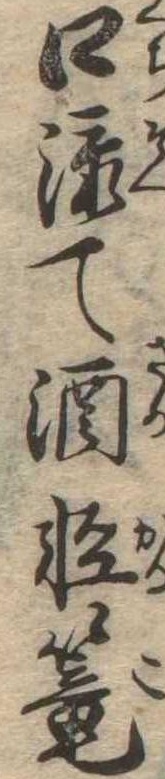
口添て酒軽篭